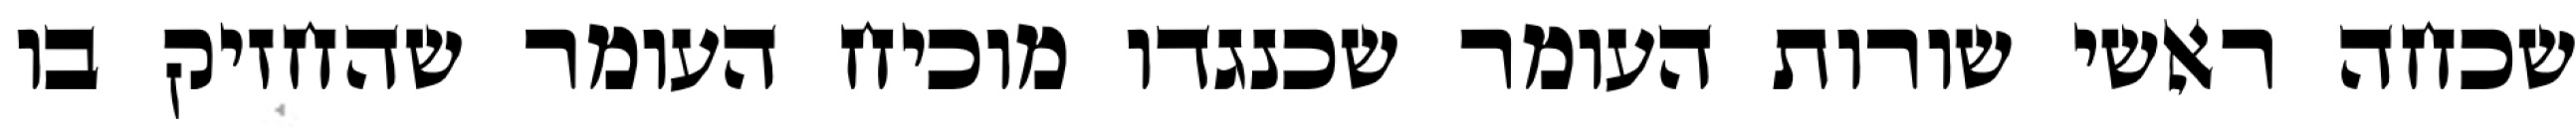
שכחה ראשי שורות העומר שכנגדו מוכיח העומר שהחזיק בו